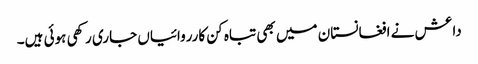
داعش نے افغانستان میں بھی تباہ کن کارروائیاں جاری رکھی ہوئی ہیں۔